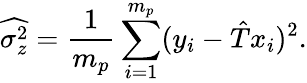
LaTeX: \widehat{\sigma_{z}^{2}}=\frac{1}{m_{p}}\sum_{i=1}^{m_{p}}(y_{i}-\hat{T}x_{i})^{2}.